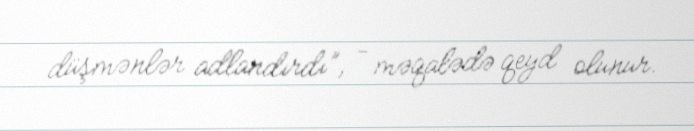
düşmənlər adlandırdı”, - məqalədə qeyd olunur.